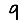
Digit: 9